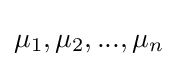
\mu _{1},\mu _{2},...,\mu _{n}